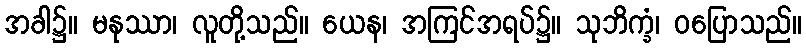
အခါ၌။ မနုဿာ၊ လူတို့သည်။ ယေန၊ အကြင်အရပ်၌။ သုဘိက္ခံ၊ ဝပြောသည်။